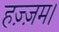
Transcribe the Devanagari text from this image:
हज़्ज़म।